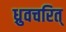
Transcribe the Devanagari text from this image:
ध्रुवचरित्